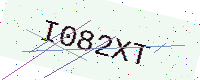
Text: I082XT